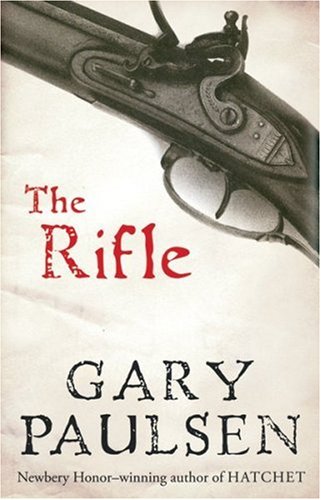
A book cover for The Rifle; Gary Paulsen; Teen & Young Adult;